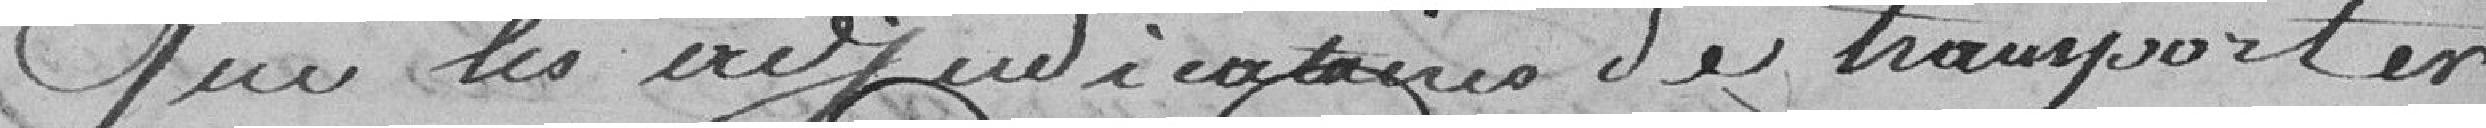
Que les adjudications de transporter